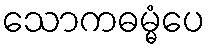
သောကဓမ္မံပေ